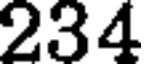
234